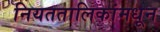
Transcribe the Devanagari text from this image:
नियततालिकांमधून